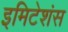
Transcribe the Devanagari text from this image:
इमिटेशंस